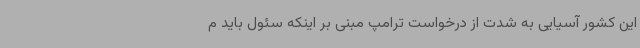
این کشور آسیایی به شدت از درخواست ترامپ مبنی بر اینکه سئول باید م